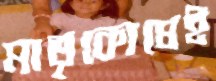
মাতৃকোষেই